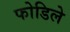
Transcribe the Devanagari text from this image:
फोडिले